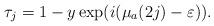
LaTeX: \begin{align*}\tau_j= 1 - y \exp(i(\mu_a(2j) - \varepsilon)).\end{align*}